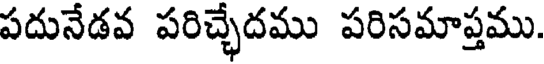
పదునేడవ పరిచ్చేదము పరిసమాప్తము.